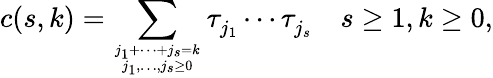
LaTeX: c(s,k)=\sum_{j_{1}+\cdots+j_{s}=k\atop j_{1},\ldots,j_{s}\geq 0}\tau_{j_{1}}^{}\cdots\tau_{j_{s}}^{}\quad s\geq 1,k\geq 0,